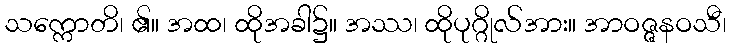
သက္ကောတိ၊ ၏။ အထ၊ ထိုအခါ၌။ အဿ၊ ထိုပုဂ္ဂိုလ်အား။ အာဝဇ္ဇနဝသီ၊